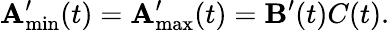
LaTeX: \mathbf{A}_{\operatorname*{min}}^{\prime}(t)=\mathbf{A}_{\operatorname*{max}}^{\prime}(t)=\mathbf{B}^{\prime}(t)C(t).